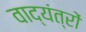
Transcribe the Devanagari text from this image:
वाद्यंत्रों